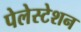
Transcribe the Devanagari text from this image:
पेलेस्टेशन